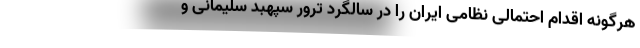
هرگونه اقدام احتمالی نظامی ایران را در سالگرد ترور سپهبد سلیمانی و